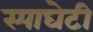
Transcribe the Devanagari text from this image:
स्पाघेटी